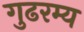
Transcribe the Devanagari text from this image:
गुढरम्य